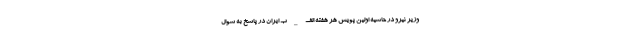
وزیر نیرو در حاشیه اولین پویش هر هفته الف_ب ایران در پاسخ به سوال